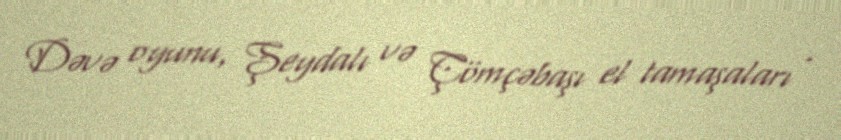
Dəvə oyunu, Şeydalı və Çömçəbaşı el tamaşaları .